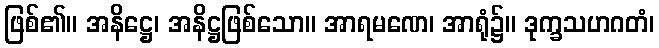
ဖြစ်၏။ အနိဋ္ဌေ၊ အနိဋ္ဌဖြစ်သော။ အာရမဏေ၊ အာရုံ၌။ ဒုက္ခသဟဂတံ၊